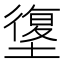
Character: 𰊯